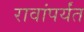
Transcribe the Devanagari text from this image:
रावांपर्यंत